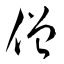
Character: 僧